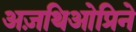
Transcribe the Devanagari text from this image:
अज़थिओप्रिने